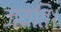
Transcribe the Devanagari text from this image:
जयति।